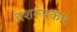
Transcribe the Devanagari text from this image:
दशरूपकार